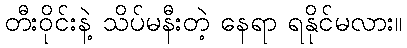
တီးဝိုင်းနဲ့ သိပ်မနီးတဲ့ နေရာ ရနိုင်မလား။